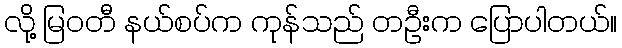
လို့ မြဝတီ နယ်စပ်က ကုန်သည် တဦးက ပြောပါတယ်။